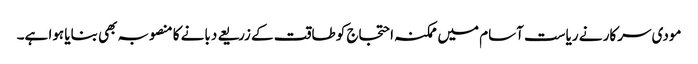
مودی سرکار نے ریاست آسام میں ممکنہ احتجاج کو طاقت کے زریعے دبانے کا منصوبہ بھی بنایا ہوا ہے۔